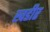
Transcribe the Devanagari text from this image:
खडीर